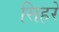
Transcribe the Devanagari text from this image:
सिहरे